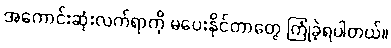
အကောင်းဆုံးလက်ရာကို မပေးနိုင်တာတွေ ကြုံခဲ့ရပါတယ်။